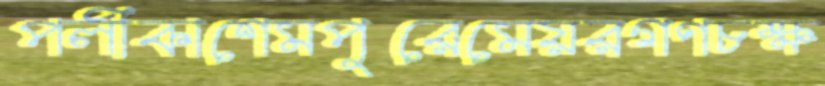
পলীকাশেমপুরেমেয়রগণচক্ষ